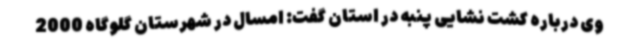
وی درباره کشت نشایی پنبه در استان گفت: امسال در شهرستان گلوگاه 2000